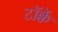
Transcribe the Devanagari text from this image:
टॉर्क्वे